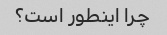
چرا اینطور است؟